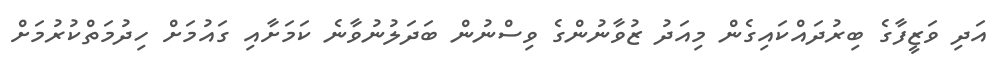
އަދި ވަޒީފާގެ ބިރުދައްކައިގެން މިއަދު ޒުވާނުންގެ ވިސްނުން ބަދަލުނުވާނެ ކަމަށާއި ގައުމަށް ހިދުމަތްކުރުމަށް